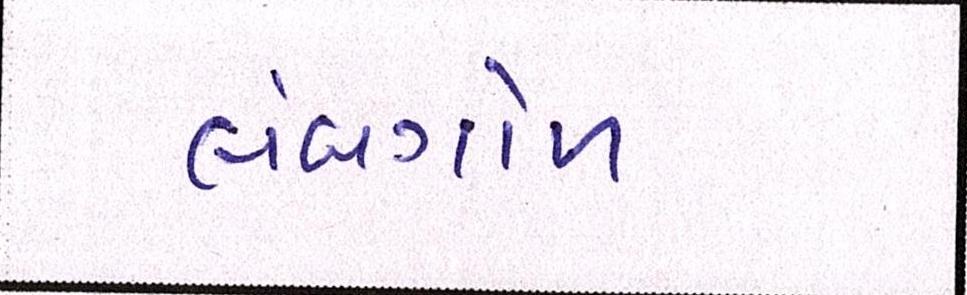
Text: લંબગોળ